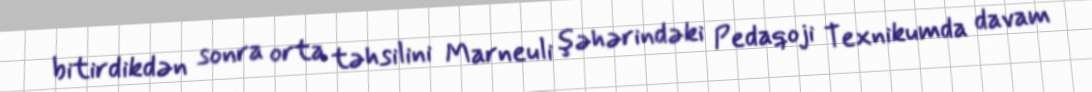
bitirdikdən sonra orta təhsilini Marneuli şəhərindəki Pedaqoji Texnikumda davam